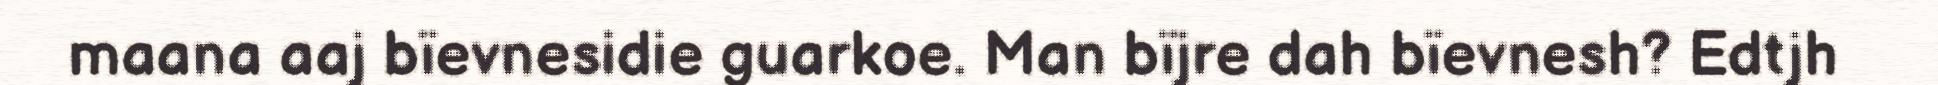
maana aaj bïevnesidie guarkoe. Man bïjre dah bïevnesh? Edtjh